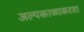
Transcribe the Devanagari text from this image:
अल्पकाळाकरता